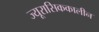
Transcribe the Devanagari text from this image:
ज्यूरासिककालीन